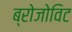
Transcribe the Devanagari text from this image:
ब्रोजोविट